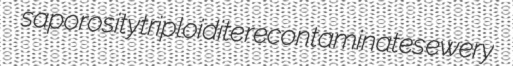
saporosity triploidite recontaminates ewery